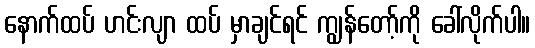
နောက်ထပ် ဟင်းလျာ ထပ် မှာချင်ရင် ကျွန်တော့်ကို ခေါ်လိုက်ပါ။